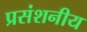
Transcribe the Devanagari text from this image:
प्रसंशनीय